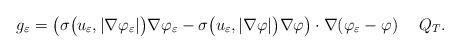
LaTeX: \begin{align*} g_\varepsilon=\big(\sigma\big(u_\varepsilon,|\nabla\varphi_\varepsilon|\big)\nabla\varphi_\varepsilon-\sigma\big(u_\varepsilon,|\nabla\varphi|\big)\nabla\varphi\big)\cdot\nabla(\varphi_\varepsilon-\varphi)\quad\; Q_T.\end{align*}